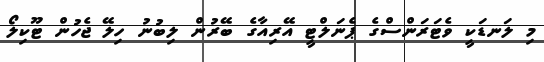
މި ލަނޑަކީ ވެޓަރަންސްގެ ޕެނަލްޓީ އޭރިއާގެ ބޭރުން ލިބުނު ހިލޭ ޖެހުން ޓޫކިލޯ